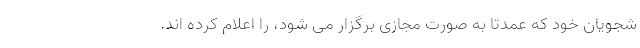
شجویان خود که عمدتا به صورت مجازی برگزار می شود، را اعلام کرده اند.